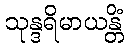
သုန္ဒရိမာယန္တိံ